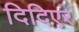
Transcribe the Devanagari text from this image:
दिदिएर